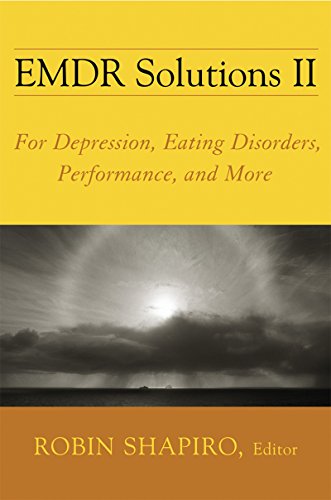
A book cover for EMDR Solutions II: For Depression, Eating Disorders, Performance, and More (Norton Professional Books); Medical Books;